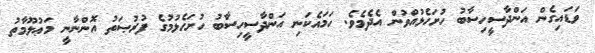
ވަޑައިގެން އަންދާސީހިސާބު ހުށަހެޅުއްވުން އެދެމެވެ. ހަމައެކަނި އަންދާސީހިސާބު ހުށަހެޅުމުގެ ފުރުޞަތު އޮންނާނީ މަޢުލޫމާތު